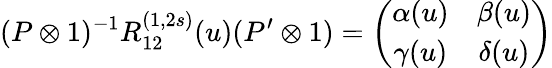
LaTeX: (P\otimes 1)^{-1}R_{12}^{(1,2s)}(u)(P^{\prime}\otimes 1)=\left(\begin{array}{cc}{{\alpha(u)}}&{{\beta(u)}}\\ {{\gamma(u)}}&{{\delta(u)}}\end{array}\right)